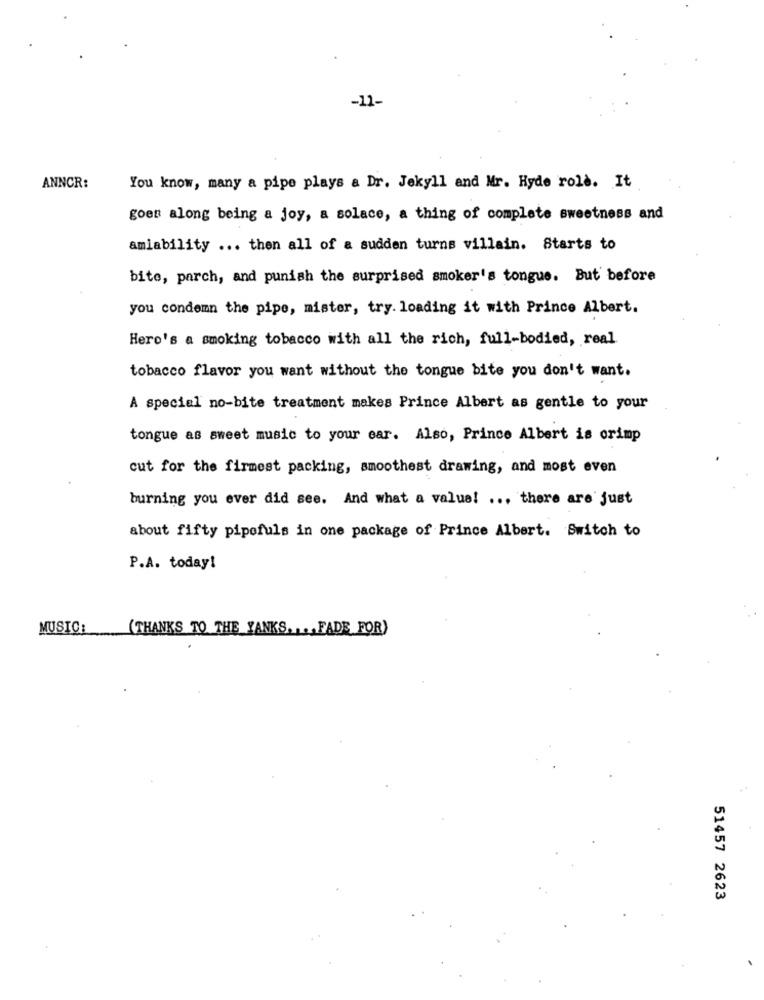
-11-
ANNCR:
You know, many a pipe plays a Dr. Jekyll and Mr. Hyde role. It
goes along being a joy, a solace, a thing of complete sweetness and
amiability ... then all of a sudden turns villain. Starts to
bite, parch, and punish the surprised smoker's tongue. But before
you condemn the pipe, mister, try. loading it with Prince Albert.
Here's a smoking tobacco with all the rich, full-bodied, real
tobacco flavor you want without the tongue bite you don't want.
A special no-bite treatment makes Prince Albert as gentle to your
tongue as sweet music to your ear. Also, Prince Albert is crimp
cut for the firmest packing, smoothest drawing, and most even
burning you ever did see. And what a value! ... there are just
about fifty pipofuls in one package of Prince Albert. Switch to
P.A. today!
MUSIC:
(THANKS TO THE YANKS. ... FADE FOR)
51457 2623